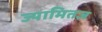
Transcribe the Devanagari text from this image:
ज्यामितज्ञ